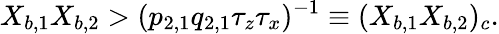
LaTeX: X_{b,1}X_{b,2}>(p_{2,1}q_{2,1}\tau_{z}\tau_{x})^{-1}\equiv(X_{b,1}X_{b,2})_{c}.